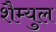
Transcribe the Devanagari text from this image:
शैम्युल